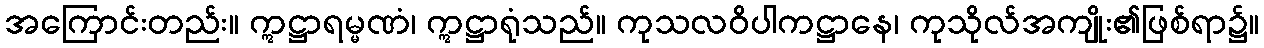
အကြောင်းတည်း။ ဣဋ္ဌာရမ္မဏံ၊ ဣဋ္ဌာရုံသည်။ ကုသလဝိပါကဋ္ဌာနေ၊ ကုသိုလ်အကျိုး၏ဖြစ်ရာ၌။